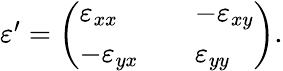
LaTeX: \begin{array}{r}{\varepsilon^{\prime}=\left(\begin{array}{lll}{\varepsilon_{xx}}&{}&{-\varepsilon_{xy}}\\ {-\varepsilon_{yx}}&{}&{\varepsilon_{yy}}\end{array}\right).}\end{array}